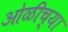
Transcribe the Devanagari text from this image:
ओळीच्या